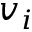
v _ { i }